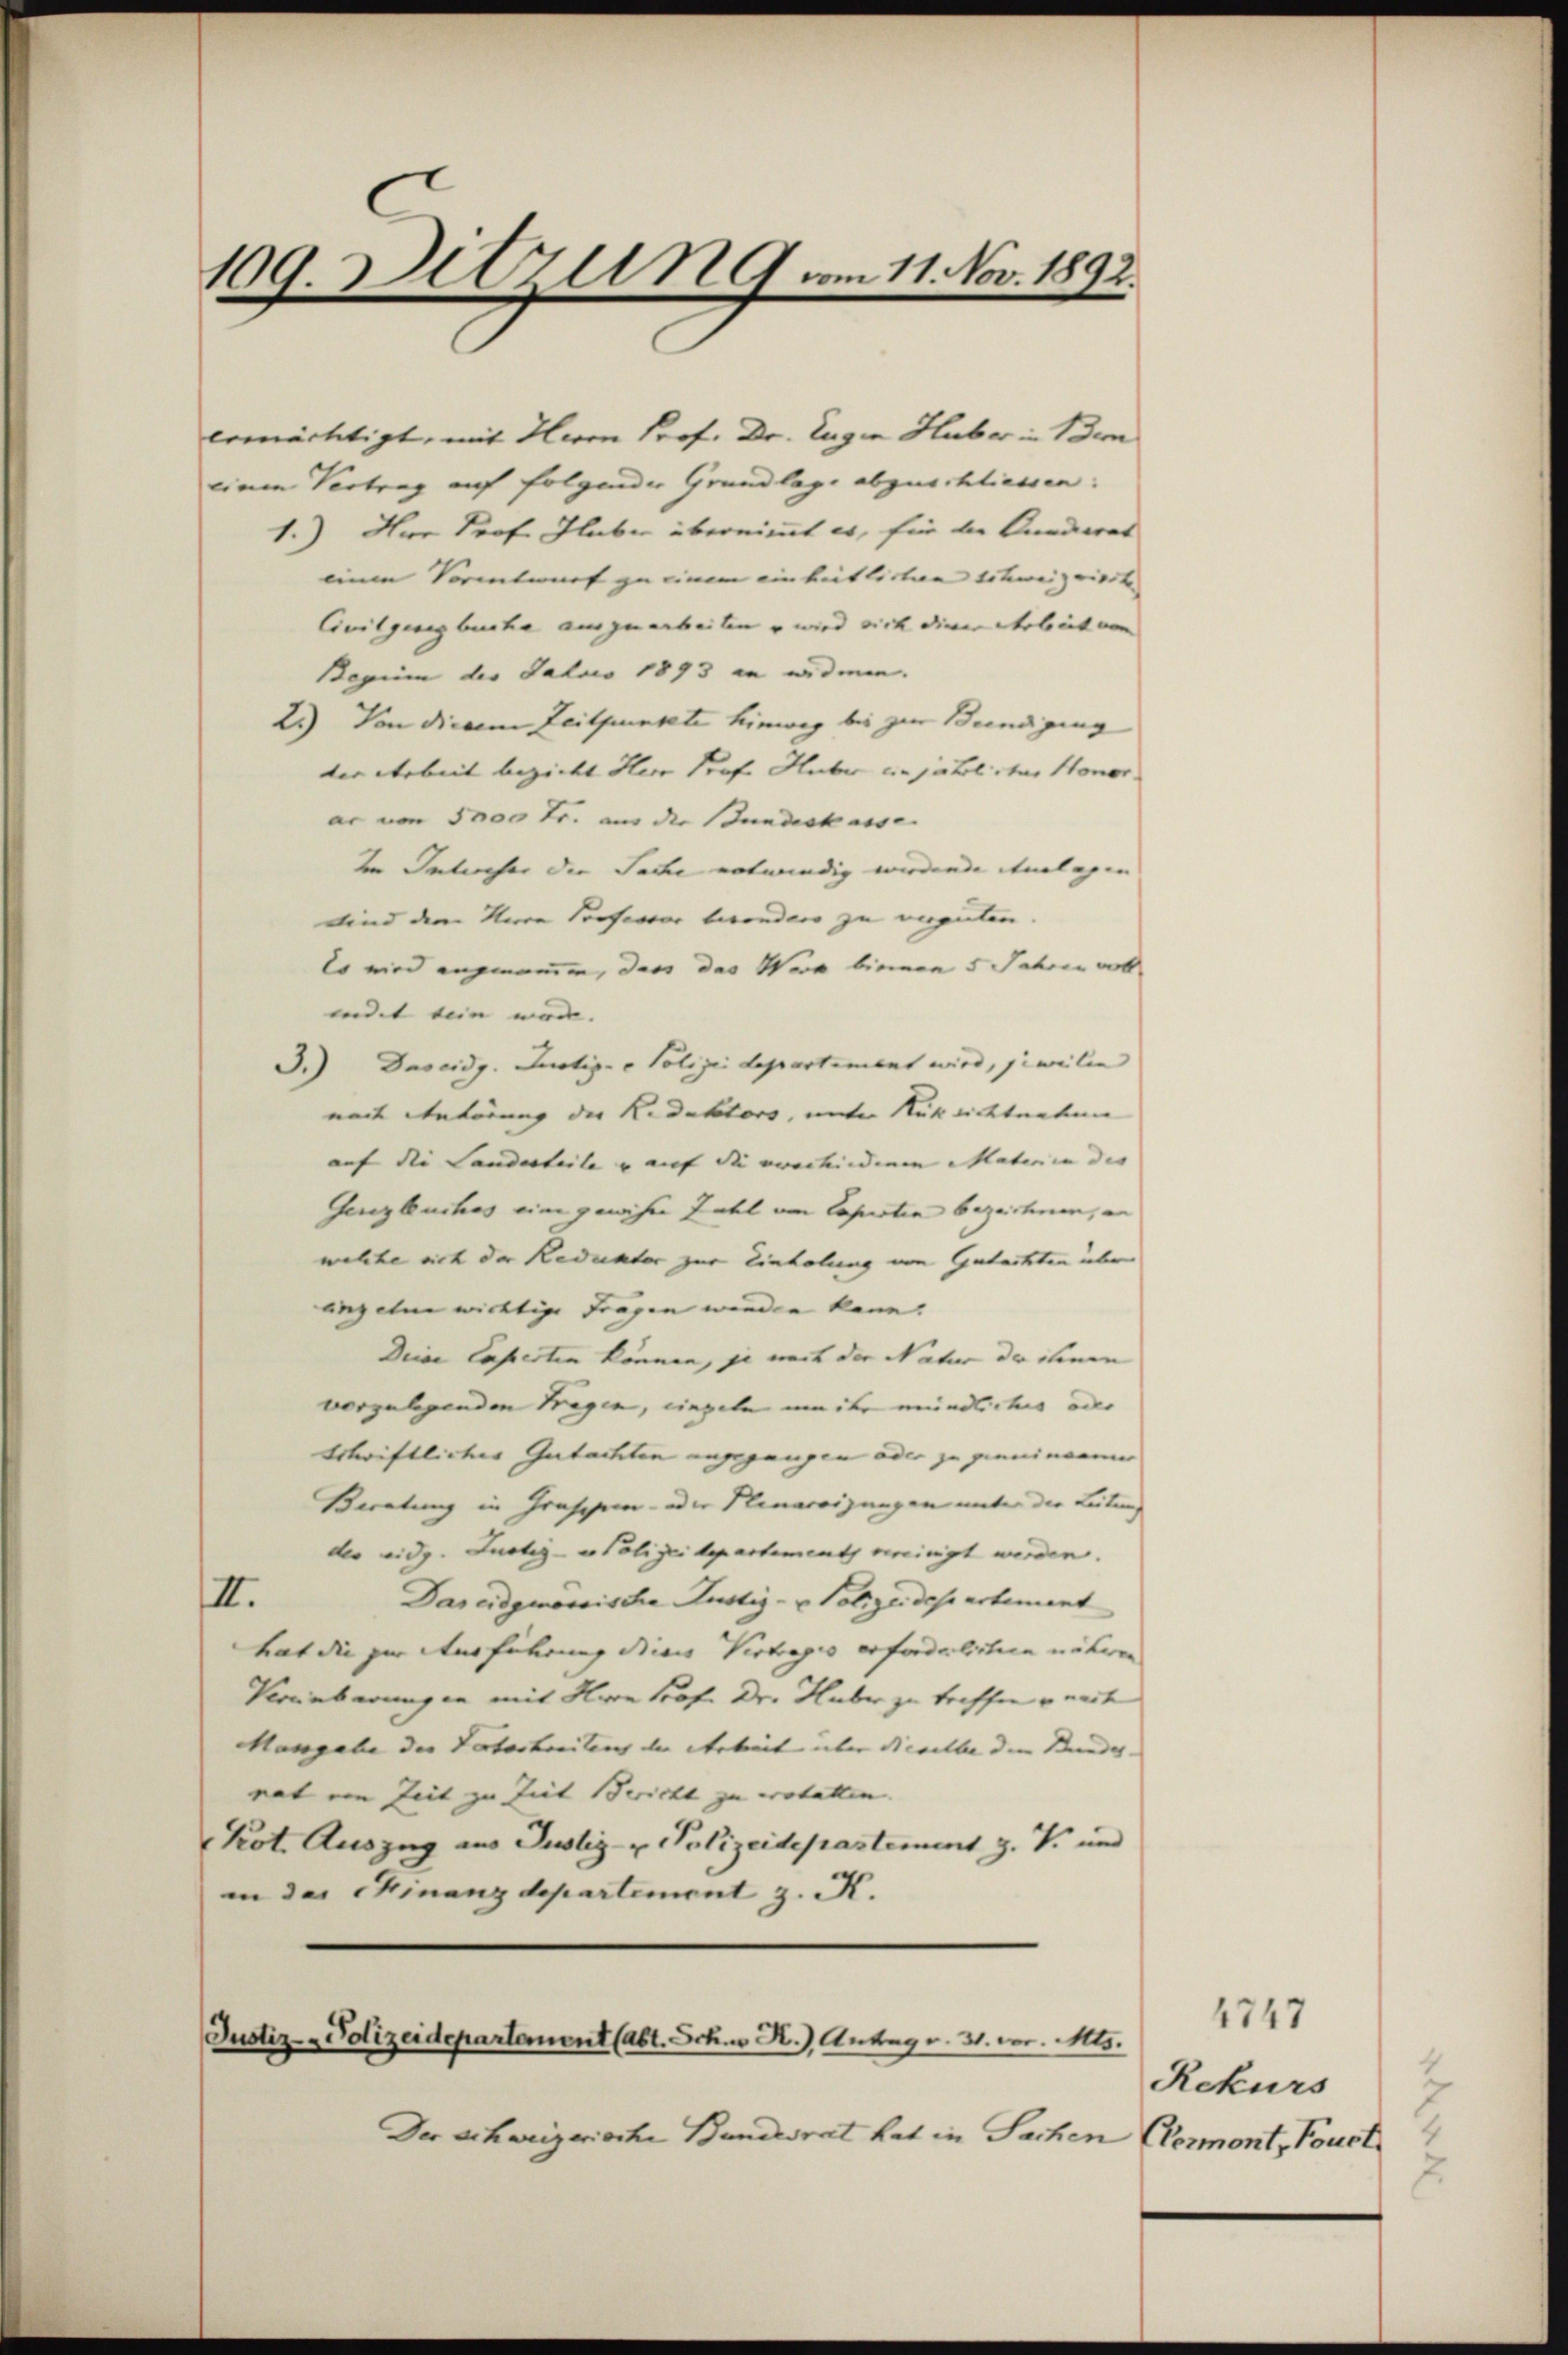
109. Sitzun9 vom 11. Nov. 1892.

ermächtigt, mit Herrn Prof. Dr. Lugin Huber in Bem
einen Vertrag auf folgender Grundlage abzuschliessen:
1.) Hre Prof. Huber übernimmt es, für die Kundesrat
einen Vorentwurf zu einem einheitlichen Schweizeirit
Civilgung buche auszuarbeiten u wird sich die Arbeit von
Bagium des Fatois 1893 an widmen.
2.) Von diesem Zeitpunkte hinweg bis zur Beendigung
ver Arbeit bezickt Herr Prof. Huber ein jährliches Honor
ar von 5000 Fr. aus der Bundeskasse
Ien Interfer die Sache notwendig werdende Anlagen
Kind dem Neera Professor besonders zu verguten
Es wird angenomen, dass das Werk bievon 5 Jahren vol
indet sein war. |
3.) Daseidg. Justiz- & Polizeidepartement wird, jeweilen
nach Anhörung der Redaktors, unter Rücksichtenten
auf die Landerteile u auf die prochendium Mater in des
Gerzbeuches eine gewieser Zahl am Capisten bezeichnen, in
welche sich der Redukter zur Einholung von Gutachten über
anzelne wichtige Fragen werden kann.
Drice Caperten können, je nach der Natur der seinen
vorzulegenden Tragen, liegeln merke mündliches oder
Schriftliches Gutachten angegangen oder zu zieminarmer
Beratung in Graschen- oder Planaroizungen unter der Leitung
des eidg. Justiz- u Polizeidepartement vereinigt werden.
III.
Das eidgenössische Justiz- & Polizeides artement
hat die zur Ausführung dieses Vertrages erforderlichern näheren
Vereinbarungen mit Herrn Prof. Dr. Huber zu treffen weiten
Mangabe der Vaterbreitung der Arbeit über dieselbe dem Bundes- |
rat von Zeit zu Zeit Bericht zu wolatten.
Kot. Auszug aus Justiz- & Polizeidepastement, z. V. und
in der Finanzdepartement z. K.

Justiz-Polizeidepartement (abt. Schw. R.) Antrag v. 31. vor. Mts.

Der Schweizerische Bundesrat hat in Sachen Germont, Pouct.

1747
Rekurs